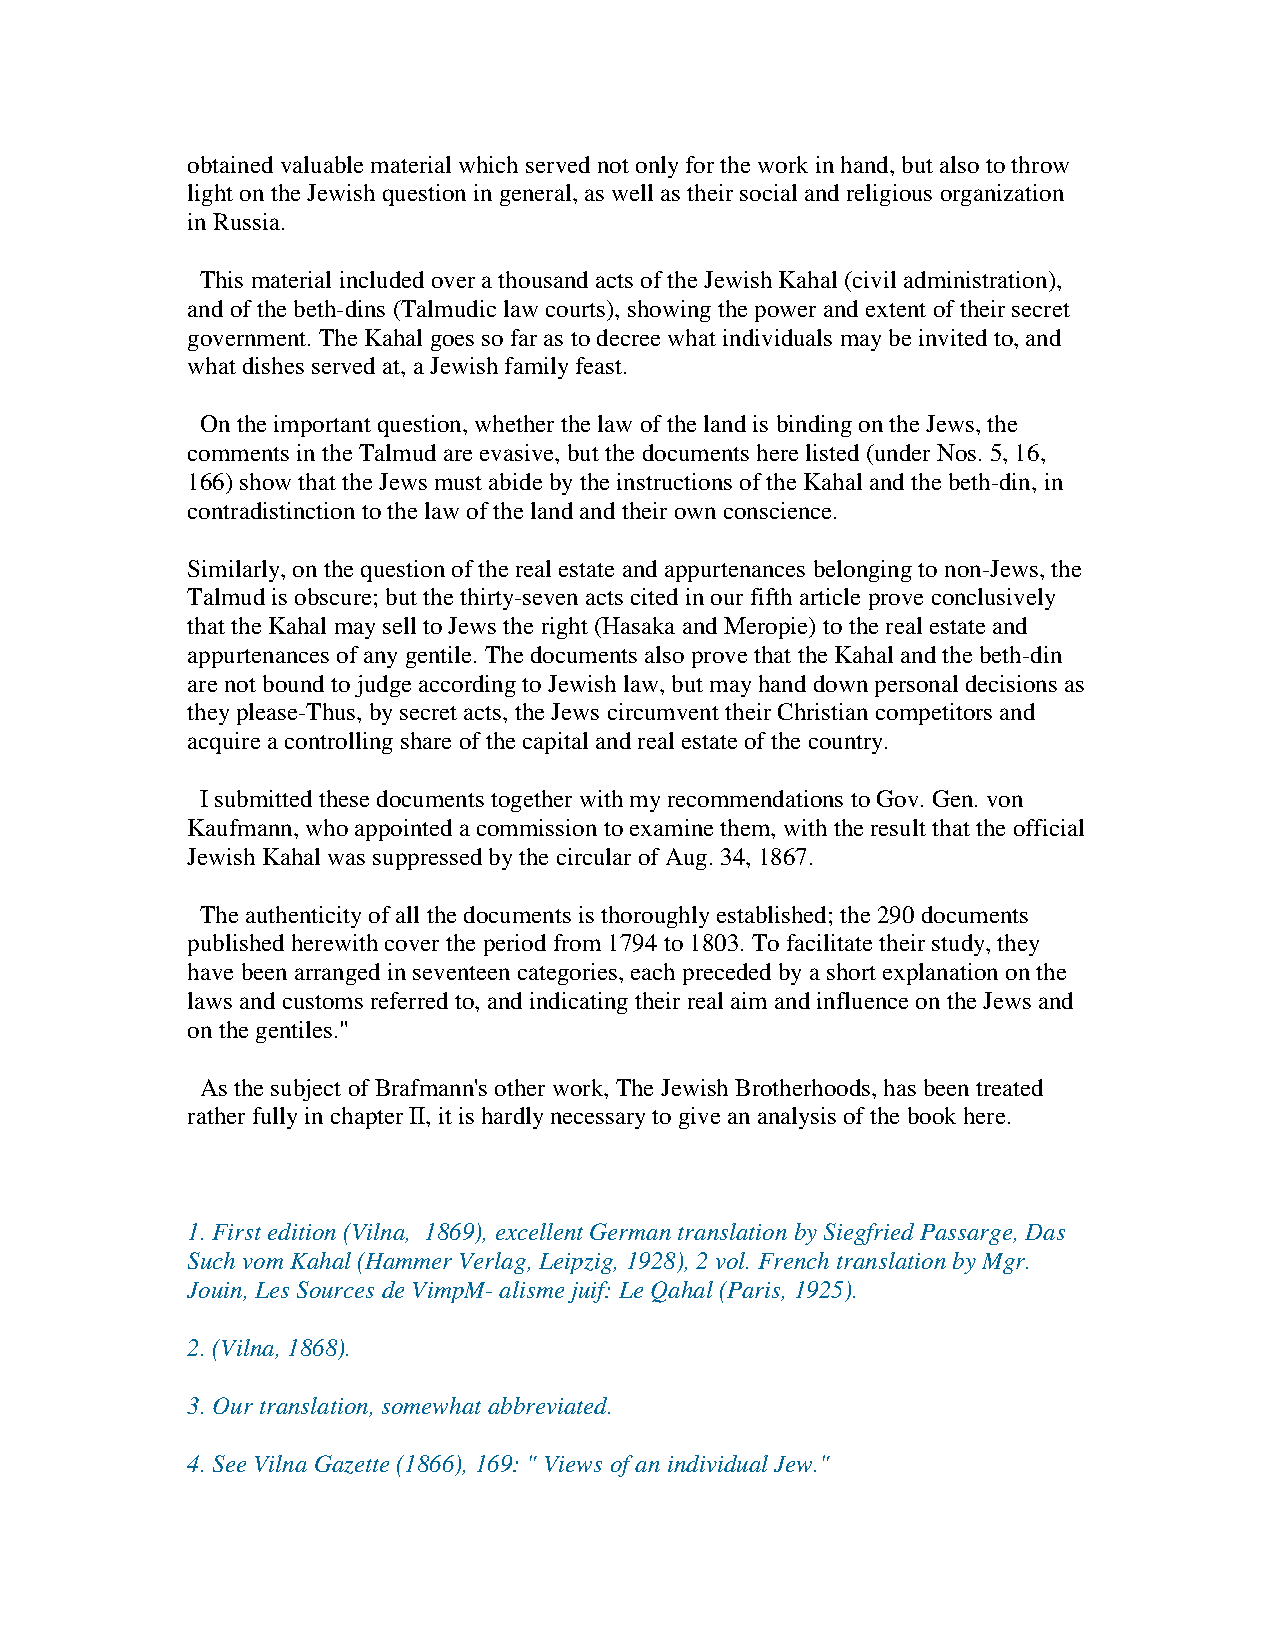
obtained valuable material which served not only for the work in hand, but also to throw
 light on the Jewish question in general, as well as their social and religious organization
 in Russia.
 This material included over a thousand acts of the Jewish Kahal (civil administration),
 and of the beth-dins (Talmudic law courts), showing the power and extent of their secret
 government. The Kahal goes so far as to decree what individuals may be invited to, and
 what dishes served at, a Jewish family feast.
 On the important question, whether the law of the land is binding on the Jews, the
 comments in the Talmud are evasive, but the documents here listed (under Nos. 5, 16,
 166) show that the Jews must abide by the instructions of the Kahal and the beth-din, in
 contradistinction to the law of the land and their own conscience.
 Similarly, on the question of the real estate and appurtenances belonging to non-Jews, the
 Talmud is obscure; but the thirty-seven acts cited in our fifth article prove conclusively
 that the Kahal may sell to Jews the right (Hasaka and Meropie) to the real estate and
 appurtenances of any gentile. The documents also prove that the Kahal and the beth-din
 are not bound to judge according to Jewish law, but may hand down personal decisions as
 they please-Thus, by secret acts, the Jews circumvent their Christian competitors and
 acquire a controlling share of the capital and real estate of the country.
 I submitted these documents together with my recommendations to Gov. Gen. von
 Kaufmann, who appointed a commission to examine them, with the result that the official
 Jewish Kahal was suppressed by the circular of Aug. 34, 1867.
 The authenticity of all the documents is thoroughly established; the 290 documents
 published herewith cover the period from 1794 to 1803. To facilitate their study, they
 have been arranged in seventeen categories, each preceded by a short explanation on the
 laws and customs referred to, and indicating their real aim and influence on the Jews and
 on the gentiles."
 As the subject of Brafmann's other work, The Jewish Brotherhoods, has been treated
 rather fully in chapter II, it is hardly necessary to give an analysis of the book here.
 1. First edition (Vilna, 1869), excellent German translation by Siegfried Passarge, Das
 Such vom Kahal (Hammer Verlag, Leipzig, 1928), 2 vol. French translation by Mgr.
 Jouin, Les Sources de VimpM- alisme juif: Le Qahal (Paris, 1925).
 2. (Vilna, 1868).
 3. Our translation, somewhat abbreviated.
 4. See Vilna Gazette (1866), 169: " Views of an individual Jew."